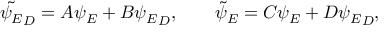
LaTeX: \tilde { \psi _ { E } } _ { D } = A \psi _ { E } + B { \psi _ { E } } _ { D } , \qquad { \tilde { \psi } } _ { E } = C \psi _ { E } + D { \psi _ { E } } _ { D } ,